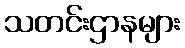
သတင်းဌာနများ